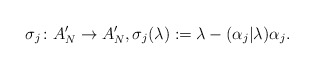
\begin{align*}\sigma_j\colon A_N' \rightarrow A_N', \sigma_j(\lambda):=\lambda -(\alpha_j|\lambda)\alpha_j.\end{align*}